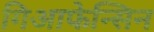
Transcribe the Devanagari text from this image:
गिआफेन्सिन